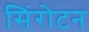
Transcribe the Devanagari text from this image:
सिंरोटन